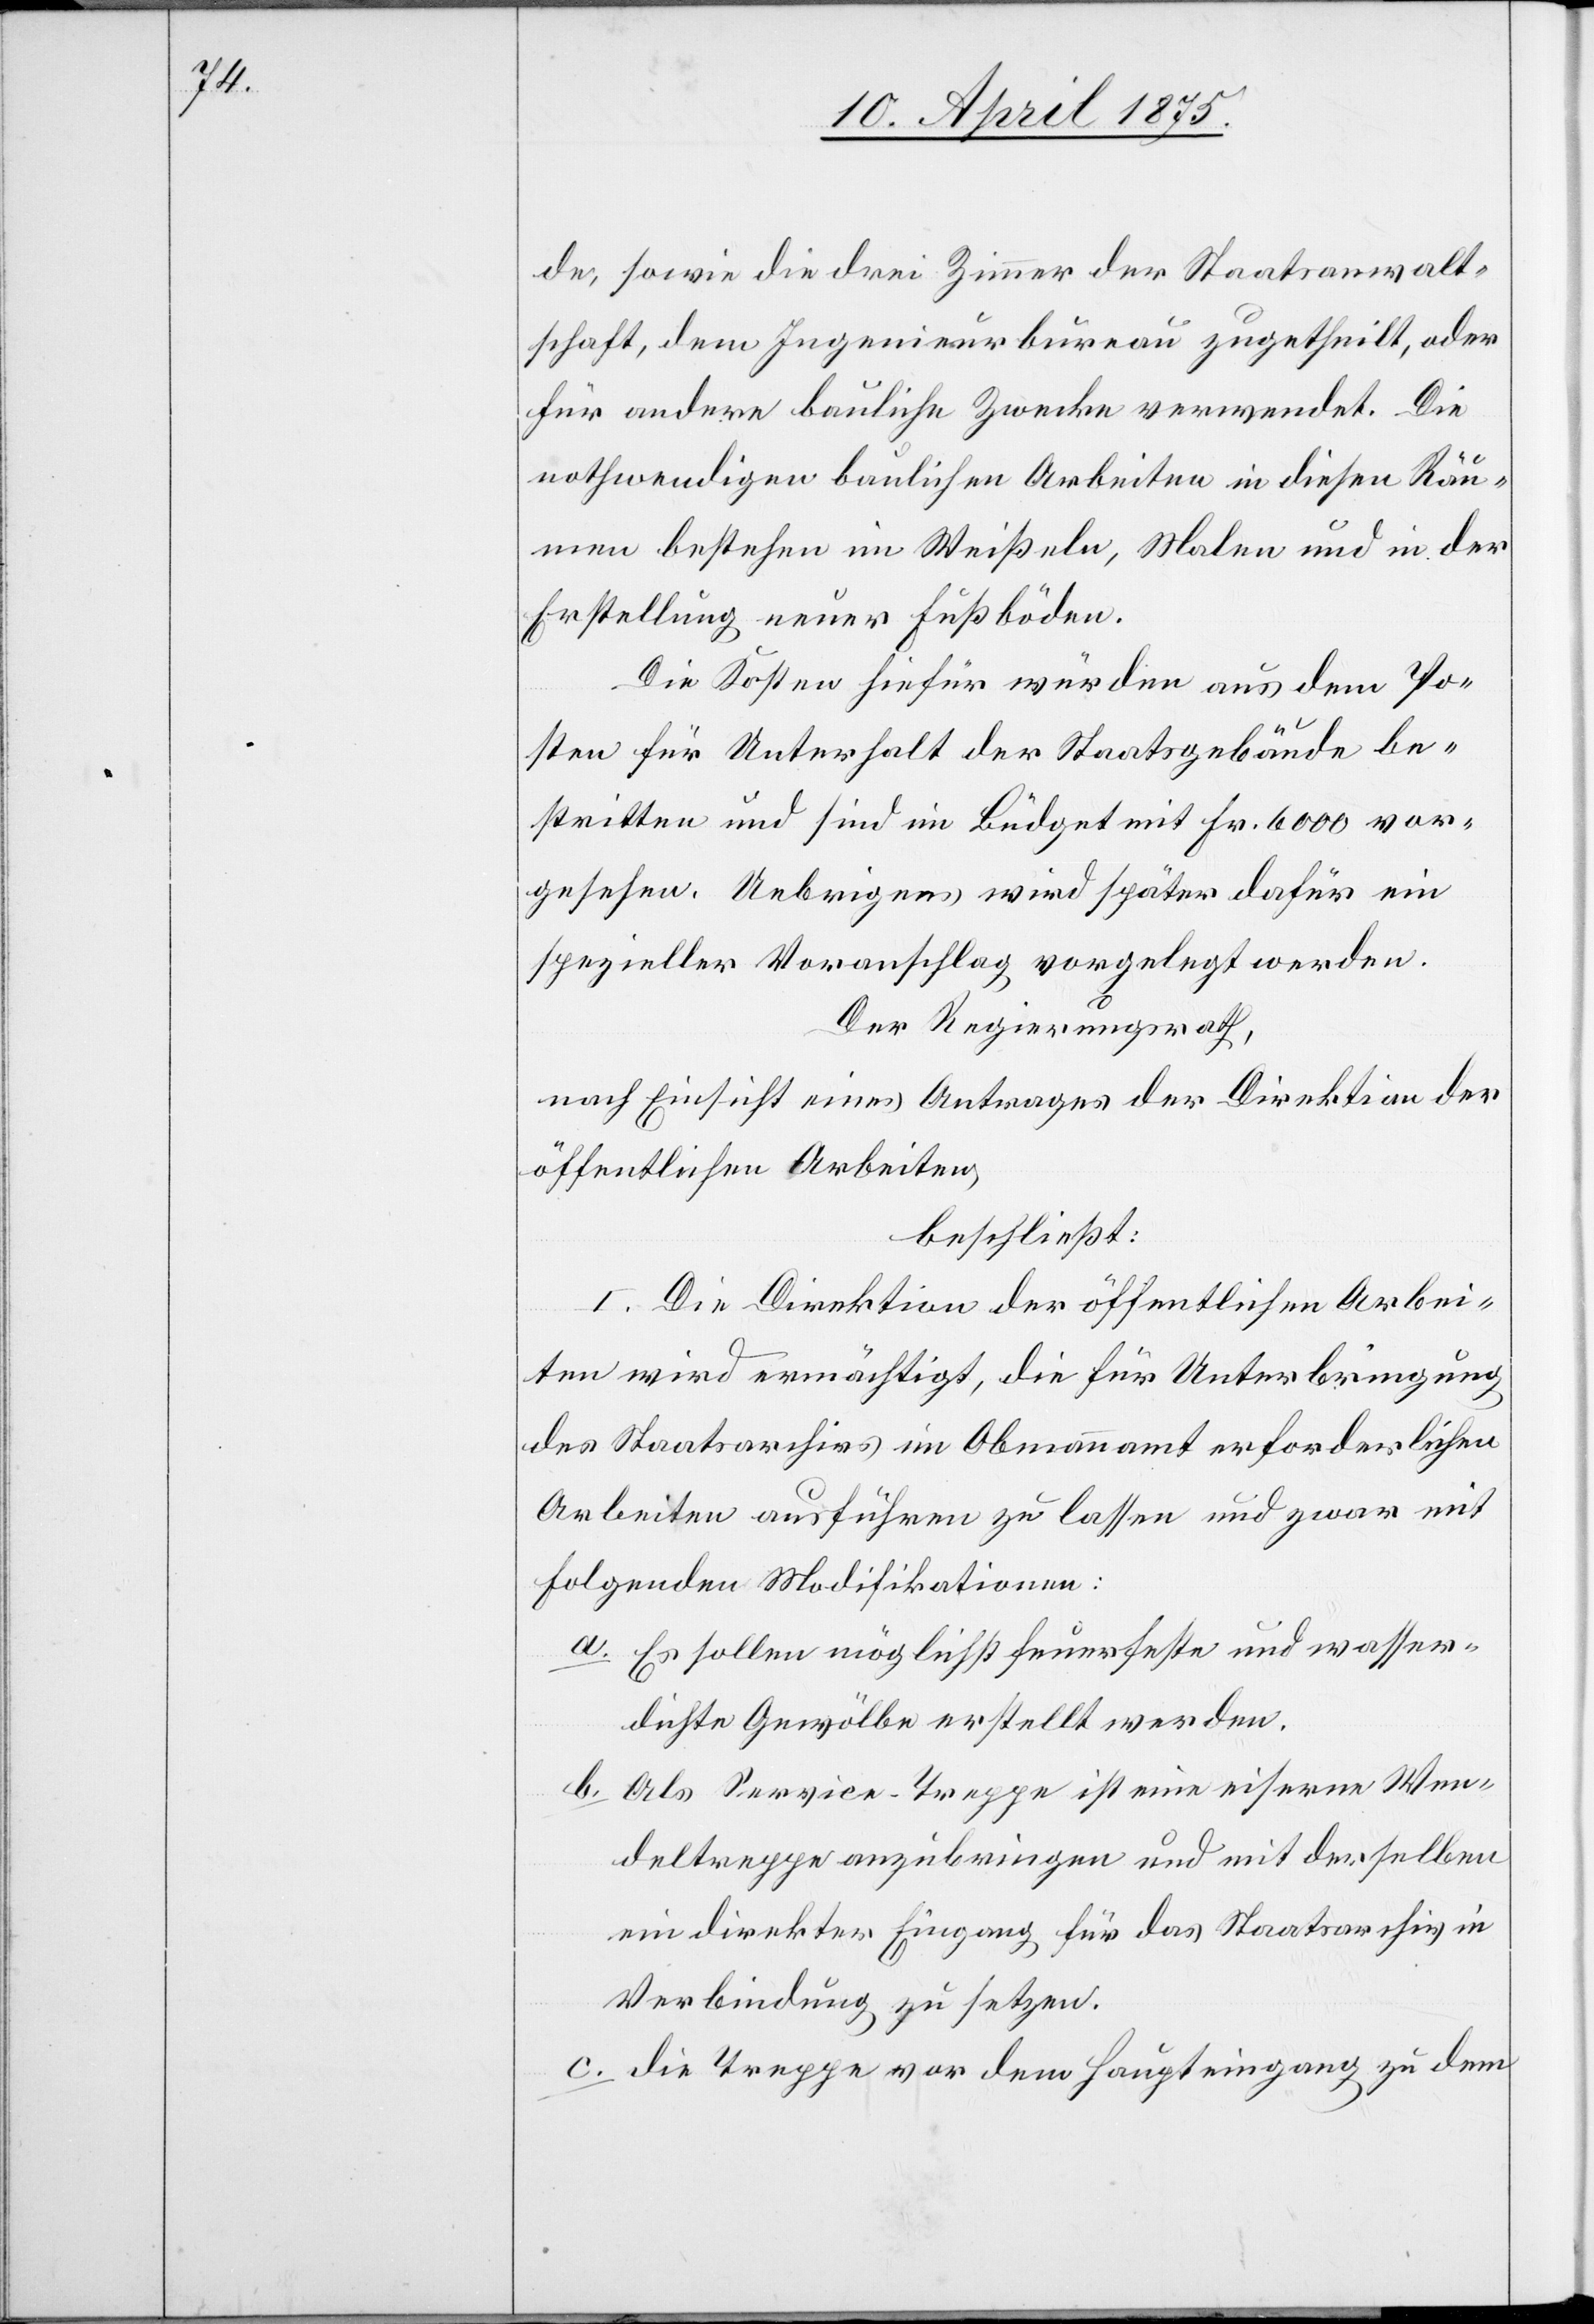
de, sowie die drei Zimmer der Staatsanwalt¬
schaft, dem Ingenieurbureau zugetheilt, oder
für andere bauliche Zwecke verwendet. Die
nothwendigen baulichen Arbeiten in diesen Räu¬
men bestehen im Weißeln, Malen und in der
Erstellung neuer Fußböden.
Die Kosten hiefür würden aus dem Po¬
sten für Unterhalt der Staatsgebäude be¬
stritten und sind im Büdget mit Fr. 6000 vor¬
gesehen. Uebrigens wird später dafür ein
spezieller Voranschlag vorgelegt werden.
Der Regierungsrath,
nach Einsicht eines Antrages der Direktion der
öffentlichen Arbeiten,
beschließt:
I. Die Direktion der öffentlichen Arbei¬
ten wird ermächtigt, die für Unterbringung
des Staatsarchivs im Obmannamt erforderlichen
Arbeiten ausführen zu lassen und zwar mit
folgenden Modifikationen:
a. Es sollen möglichst feuerfeste und wasser¬
dichte Gewölbe erstellt werden.
b. Als Service-Treppe ist eine eiserne Wen¬
deltreppe anzubringen und mit derselben
ein direkter Eingang für das Staatsarchiv in
Verbindung zu setzen.
c. die Treppe vor dem Haupteingang zu dem